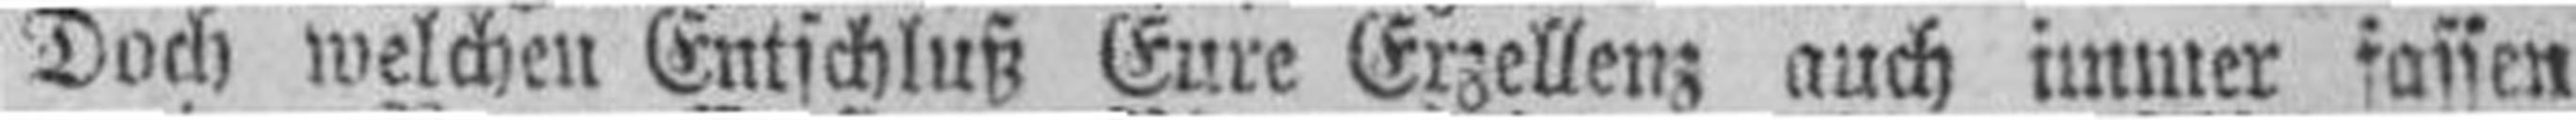
Doch welchen Entschluß Eure Erzellenz auch immer fassen